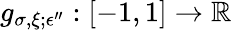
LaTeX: g_{\sigma,\xi;\epsilon^{\prime\prime}}:[-1,1]\to\mathbb{R}